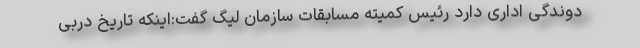
دوندگی اداری دارد رئیس کمیته مسابقات سازمان لیگ گفت:اینکه تاریخ دربی